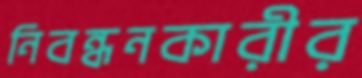
নিবন্ধনকারীর